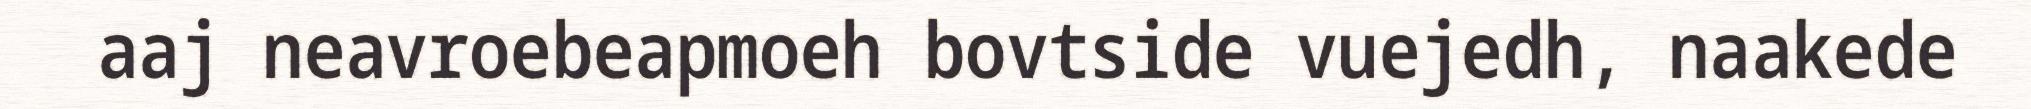
aaj neavroebeapmoeh bovtside vuejedh, naakede